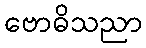
ဗောဓိသညာ